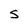
Character: S